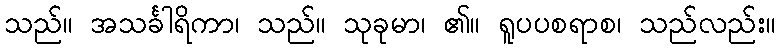
သည်။ အသင်္ခါရိကာ၊ သည်။ သုခုမာ၊ ၏။ ရူပပစရာစ၊ သည်လည်း။